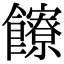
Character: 𩟩